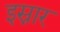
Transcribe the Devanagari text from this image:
इस्नार